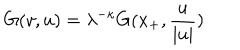
G ( v , u ) = \lambda ^ { - \kappa } G ( x _ { + } , \frac { u } { \mid u \mid } )